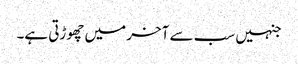
جنہیں سب سے آخر میں چھوڑتی ہے۔